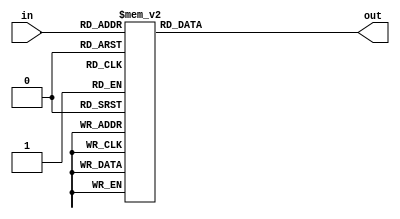
module BCDToHex(
	output reg [6:0] out,
	input [3:0] in 
	);
	always @(in)
		begin
			case(in)
			/*4'b0000: out = 7'b000_0001;
			4'b0001: out = 7'b100_1111;
			4'b0010: out = 7'b001_0010;
			4'b0011: out = 7'b000_0110;

			4'b0100: out = 7'b100_1100;
			4'b0101: out = 7'b010_0100;
			4'b0110: out = 7'b110_0000;
			4'b0111: out = 7'b000_1111;
			4'b1000: out = 7'b000_0000;

			4'b1001: out = 7'b000_1100;
			default: out = 7'dx;*/
			
			
			4'b0000: out = 7'b100_0000;
			4'b0001: out = 7'b111_1001;
			4'b0010: out = 7'b010_0100;
			4'b0011: out = 7'b011_0000;

			4'b0100: out = 7'b001_1001;
			4'b0101: out = 7'b001_0010;
			4'b0110: out = 7'b000_0011;
			4'b0111: out = 7'b111_1000;
			4'b1000: out = 7'b000_0000;

			4'b1001: out = 7'b001_1000;
			default: out = 7'dx;
			endcase
		end
endmodule